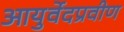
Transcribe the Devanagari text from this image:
आयुर्वेदप्रवीण